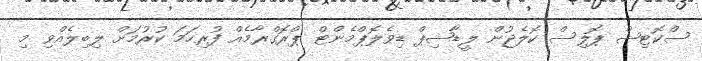
ސްކޮޓިޝް ޕޮލިސް ކޮލެޖުން ލީޑާޝިޕް ޑިވެލޮޕްމެންޓް ޕްރޮގްރާމެއް ފުރިހަމަ ކުރުމަށް ލިބިލެއްވި މި